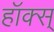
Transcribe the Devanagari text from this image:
हॉक्स्